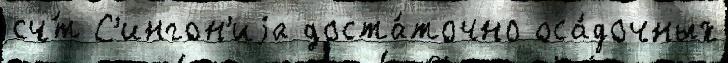
сч́т С'ингон'иjа доста́точно оса́дочных